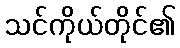
သင်ကိုယ်တိုင်၏